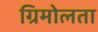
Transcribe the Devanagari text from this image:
ग्रिमोलता